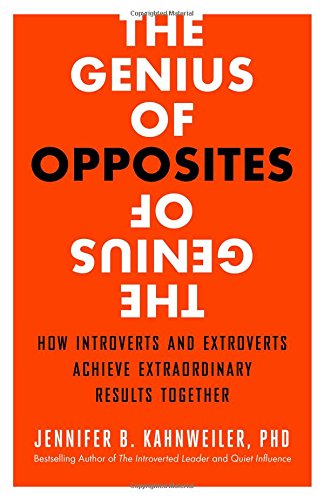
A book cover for The Genius of Opposites: How Introverts and Extroverts Achieve Extraordinary Results Together; Jennifer B. Kahnweiler PhD; Health, Fitness & Dieting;